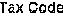
TAX CODE